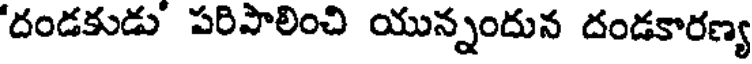
'దండకుడు పరిపాలించి యున్నందున దండకారణ్య